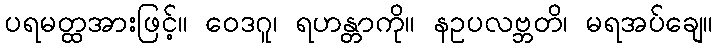
ပရမတ္ထအားဖြင့်။ ဝေဒဂူ၊ ရဟန္တာကို။ နဥပလဗ္ဘတိ၊ မရအပ်ချေ။